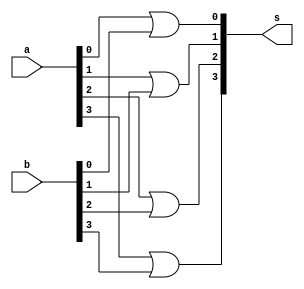
//Exemplo 0034
//Nome: Vitor Angelo Lima

module final ( output[3:0] s, input [3:0] a, input [3:0] b );
	or ( s[0], a[0], b[0] );
	or ( s[1], a[1], b[1] );
	or ( s[2], a[2], b[2] );
	or ( s[3], a[3], b[3] );
endmodule

module orgate( output[3:0] s, input c, input [3:0] a, input [3:0] b );
	wire [3:0] d;
	wire e;
	not( e, c );
	
	or ( d[0], a[0], b[0] );
	or ( d[1], a[1], b[1] );
	or ( d[2], a[2], b[2] );
	or ( d[3], a[3], b[3] );
	
	and ( s[0], d[0], e );
	and ( s[1], d[1], e );
	and ( s[2], d[2], e );
	and ( s[3], d[3], e );
endmodule

module norgate( output[3:0] s, input c, input [3:0] a, input [3:0] b );
	wire [3:0] d;
	wire e;
	not( e, c );
	
	nor ( d[0], a[0], b[0] );
	nor ( d[1], a[1], b[1] );
	nor ( d[2], a[2], b[2] );
	nor ( d[3], a[3], b[3] );
	
	and ( s[0], d[0], e );
	and ( s[1], d[1], e );
	and ( s[2], d[2], e );
	and ( s[3], d[3], e );
endmodule

module xorgate( output[3:0] s, input c, input [3:0] a, input [3:0] b );
	wire [3:0] d;
	wire e;
	
	xor ( d[0], a[0], b[0] );
	xor ( d[1], a[1], b[1] );
	xor ( d[2], a[2], b[2] );
	xor ( d[3], a[3], b[3] );
	
	and ( s[0], d[0], c );
	and ( s[1], d[1], c );
	and ( s[2], d[2], c );
	and ( s[3], d[3], c );
endmodule

module xnorgate( output[3:0] s, input c, input [3:0] a, input [3:0] b );
	wire [3:0] d;
	wire e;
	
	xnor ( d[0], a[0], b[0] );
	xnor ( d[1], a[1], b[1] );
	xnor ( d[2], a[2], b[2] );
	xnor ( d[3], a[3], b[3] );
	
	and ( s[0], d[0], c );
	and ( s[1], d[1], c );
	and ( s[2], d[2], c );
	and ( s[3], d[3], c );
endmodule

module test;
	/*
	OR / NOR = 0
	XOR / NXOR = 1
	*/
	reg [3:0] a;
	reg [3:0] b;
	reg c;
	
	wire [3:0] d;
	wire [3:0] e;
	wire [3:0] f;
	
	wire [3:0] g;
	wire [3:0] h;
	wire [3:0] i;
	
	orgate or1 ( d, c, a, b );
	xorgate xor1 ( e, c, a, b );
	final f1( f, e, d );
	
	norgate nor1 ( g, c, a, b );
	xnorgate xnor1 ( h, c, a, b );
	final f2( i, g, h );
	
	
	initial begin
		a = 4'b0011;
		b = 4'b0101;
		c = 1;
		 #1 $display ( "%4b %4b", f, i );
	end
endmodule